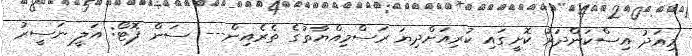
މިއަދު އިސްކަންދަރު ކޮށީގައި ކުރިއަށްދިޔަ ރަސްމިއްޔާތުގެ ތެރެއިން--- ސަން ފޮޓޯ: އަލީ ނަސީރު